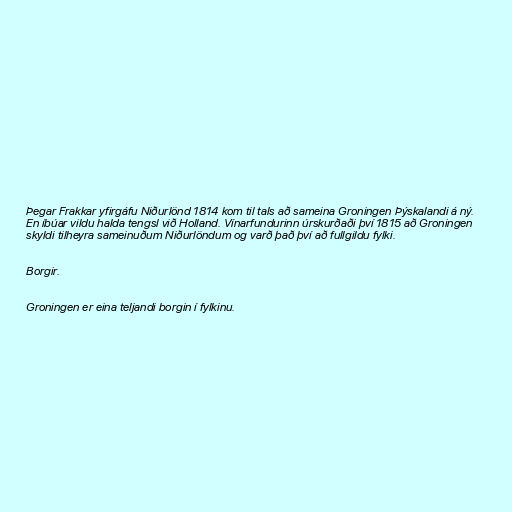
Þegar Frakkar yfirgáfu Niðurlönd 1814 kom til tals að sameina Groningen Þýskalandi á ný.
En íbúar vildu halda tengsl við Holland. Vínarfundurinn úrskurðaði því 1815 að Groningen
skyldi tilheyra sameinuðum Niðurlöndum og varð það því að fullgildu fylki.

Borgir.

Groningen er eina teljandi borgin í fylkinu.